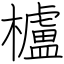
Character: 櫨